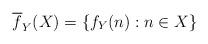
LaTeX: \begin{align*}\overline{f}_{Y}(X)=\{f_{Y}(n): n\in X\}\end{align*}